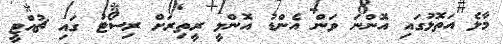
މާލެ އަތޮޅުގައި އޮންނަ ވަން އެންޑު އޮންލީ ރީތިރަށް ރިސޯޓު ގައި ޗުއްޓީ